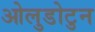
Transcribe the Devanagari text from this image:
ओलुडोटुन